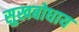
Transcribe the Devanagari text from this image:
सुखबोधाय